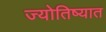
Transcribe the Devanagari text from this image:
ज्योतिष्यात